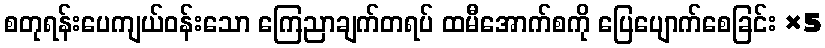
စတုရန်းပေကျယ်ဝန်းသော ကြေညာချက်တရပ် ထမီအောက်စကို ပြေပျောက်စေခြင်း ×5